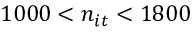
1 0 0 0 < n _ { i t } < 1 8 0 0